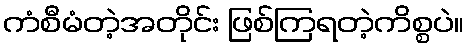
ကံစီမံတဲ့အတိုင်း ဖြစ်ကြရတဲ့ကိစ္စပဲ။